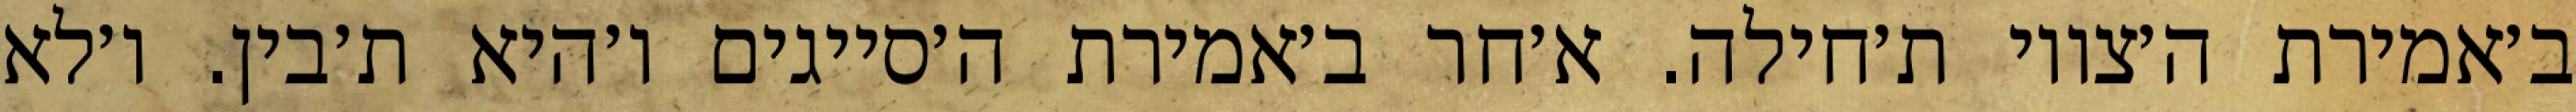
ב׳אמירת ה׳צווי ת׳חילה. א׳חר ב׳אמירת ה׳סייגים ו׳היא ת׳בין. ו׳לא